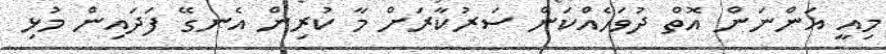
މިއީ އަންނަން އޮތް ދުވަހެއްކަން ސަރުކާރަށް މާ ކުރިން އެނގޭ ފަދައިން މުޅި